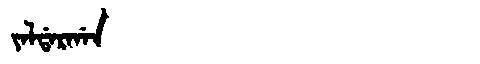
Manchu: ᠶᠠᠯᡩᠠᡵᡤᠠᠨ
Romanization: YALDARGAN